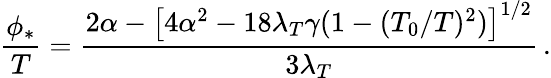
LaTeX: \frac{\phi_{*}}{T}=\frac{2\alpha-\left[4\alpha^{2}-18\lambda_{T}\gamma(1-(T_{0}/T)^{2})\right]^{1/2}}{3\lambda_{T}}\, .